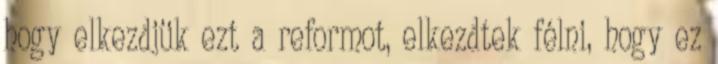
hogy elkezdjük ezt a reformot, elkezdtek félni, hogy ez